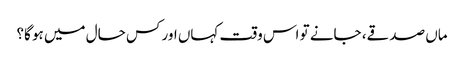
ماں صدقے، جانے تو اس وقت کہاں اور کس حال میں ہو گا؟